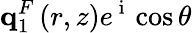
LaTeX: \mathbf{q}_{1}^{F}\left(r,z\right)e^{\mathrm{~i~}}\cos{\theta}